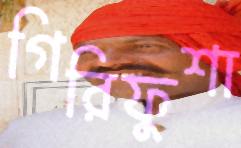
গিরিফুশা